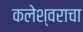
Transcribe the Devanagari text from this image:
कलेश्वराचा